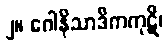
၂။ ဂေါနိသာဒိကကုဋိ၊